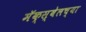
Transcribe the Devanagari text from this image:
मॅक्स्वेलच्या